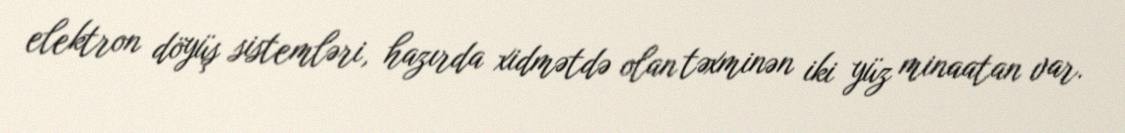
elektron döyüş sistemləri, hazırda xidmətdə olan təxminən iki yüz minaatan var.